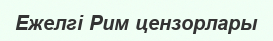
Ежелгі Рим цензорлары